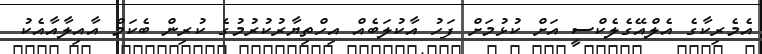
އެމެރިކާގެ އެލްއޭގެލެކްސީ އަށް ކުޅުމަށް ފަހު އާކުލަބެއް އިހްތިޔާރުކުރުމުގެ ކުރިން ބެކަމް އާއިލާއާއެކު